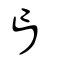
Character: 盲